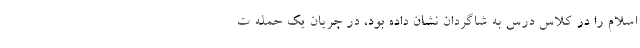
اسلام را در کلاس درس به شاگردان نشان داده بود، در جریان یک حمله ت